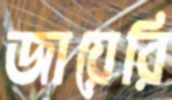
জায়েরি